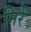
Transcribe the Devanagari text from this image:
मिरें